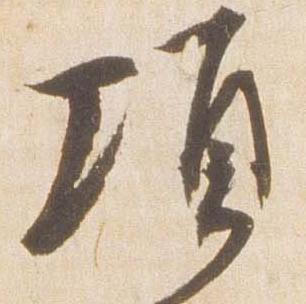
頃